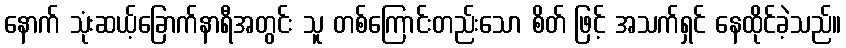
နောက် သုံးဆယ့်ခြောက်နာရီအတွင်း သူ တစ်ကြောင်းတည်းသော စိတ် ဖြင့် အသက်ရှင် နေထိုင်ခဲ့သည်။